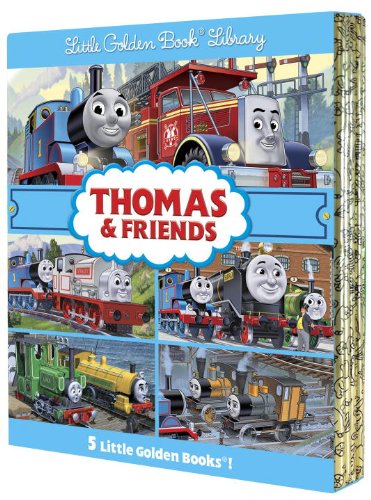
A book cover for Thomas & Friends Little Golden Book Library (Thomas & Friends); Various; Children's Books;